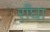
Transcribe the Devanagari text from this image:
राँघा